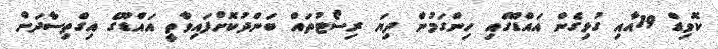
ކޮވިޑް 19އާއި ގުޅިގެން އައްޑޫގައި ހިންގަމުން ދިޔަ ރިސޯޓުތައް ބަންދުކޮށްފައިވާތީ އައްޑޫގެ އިގްތިސާދަށް